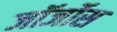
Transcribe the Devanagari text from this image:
जॉर्जोस